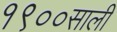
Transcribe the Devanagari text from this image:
१९००साली